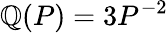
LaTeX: \mathbb{Q}(P)=3P^{-2}